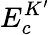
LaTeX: E_{c}^{K^{\prime}}